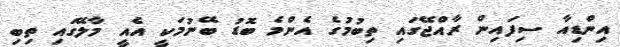
އިންޑިއާ ސިފައިން ރާއްޖޭގައި ތިބުމުގެ އެންމެ ބޮޑު ބޭނުމަކީ އެއީ މާލޭގައި ތިބި